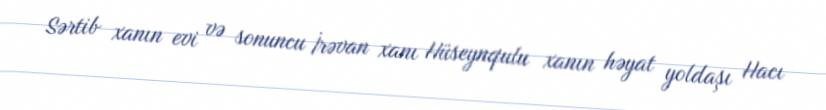
Sərtib xanın evi və sonuncu İrəvan xanı Hüseynqulu xanın həyat yoldaşı Hacı